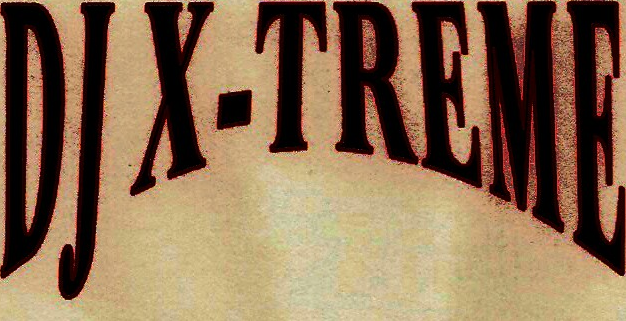
DJX-TREME